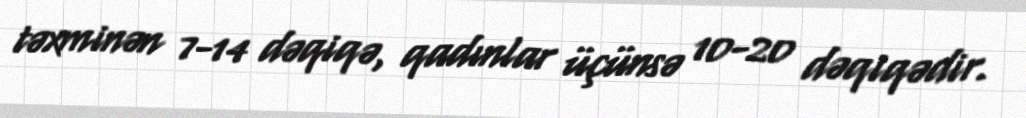
təxminən 7-14 dəqiqə, qadınlar üçünsə 10-20 dəqiqədir.